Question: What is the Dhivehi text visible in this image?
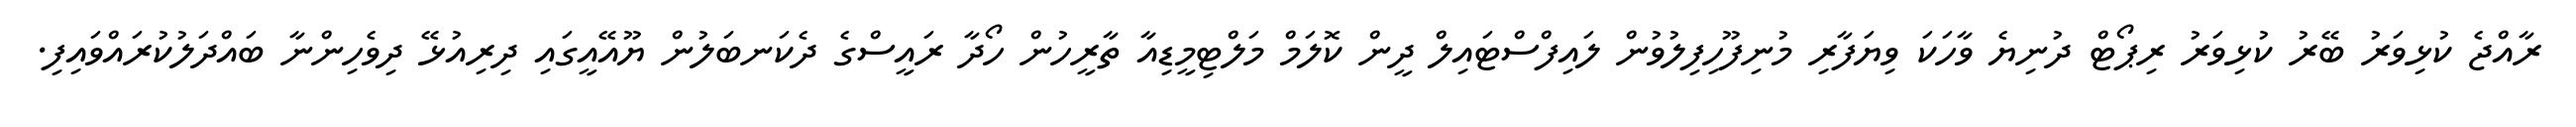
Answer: ރާއްޖެ ކުޅިވަރު ބޭރު ކުޅިވަރު ރިޕޯޓް ދުނިޔެ ވާހަކަ ވިޔަފާރި މުނިފޫހިފިލުވުން ލައިފްސްޓައިލް ދީން ކޮލަމް މަލްޓިމީޑިއާ ތާރީހުން ހޯދާ ރައީސްގެ ދެކަނބަލުން ޔޫއޭއީގައި ދިރިއުޅޭ ދިވެހިންނާ ބައްދަލުކުރައްވައިފި.